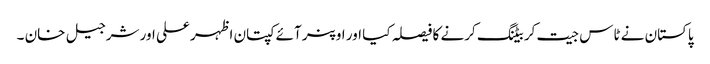
پاکستان نے ٹاس جیت کر بیٹنگ کرنے کا فیصلہ کیا اور اوپنر آئے کپتان اظہر علی اور شرجیل خان ۔